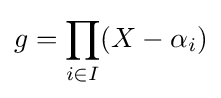
g=\prod _{i\in I}(X-\alpha _{i})